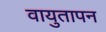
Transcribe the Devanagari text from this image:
वायुतापन